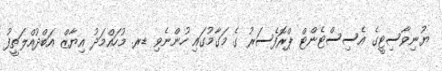
ޔުނިވާސިޓީގެ އެސިސްޓެންޓް ޕްރޮފެސަރު ގެ މަގާމުގައި ހުންނެވި ޑރ. މުހައްމަދު އިޔާޒް އަބްދުއްލަތީފު